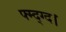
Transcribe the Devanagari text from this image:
फ्म्द्ग्द।